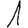
Digit: 1